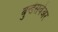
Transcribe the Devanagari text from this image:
बुन्डेसवेअर